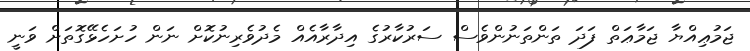
ޖަމުޢިއްޔާ ޖަމާޢަތް ފަދަ ތަންތަނުންވެސް ސަރުކާރުގެ އިދާރާއެއް މެދުވެރިނުކޮށް ނަން ހުށަހެޅޭގޮތަށް ވަނީ